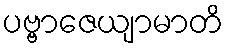
ပဗ္ဗာဇေယျာမာတိ